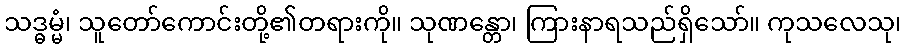
သဒ္ဓမ္မံ၊ သူတော်ကောင်းတို့၏တရားကို။ သုဏန္တော၊ ကြားနာရသည်ရှိသော်။ ကုသလေသု၊